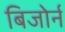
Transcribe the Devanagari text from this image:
बिजोर्न